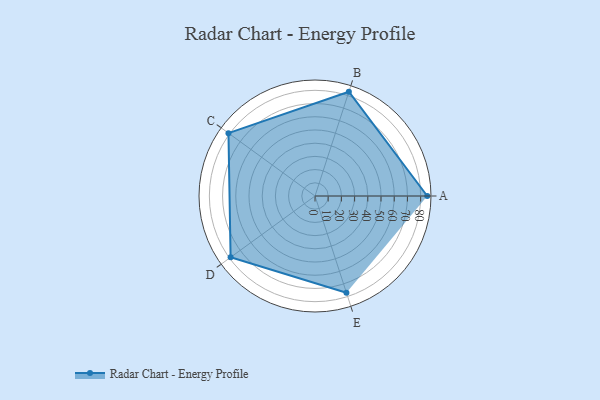
{"axis": {"x": "Skill", "y": "Score"}, "legend": ["Profile"], "data": [{"x": "A", "y": 85.0, "type": "Profile"}, {"x": "B", "y": 83.0, "type": "Profile"}, {"x": "C", "y": 81.0, "type": "Profile"}, {"x": "D", "y": 79.0, "type": "Profile"}, {"x": "E", "y": 77.0, "type": "Profile"}]}